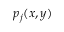
p _ { j } ( x , y )